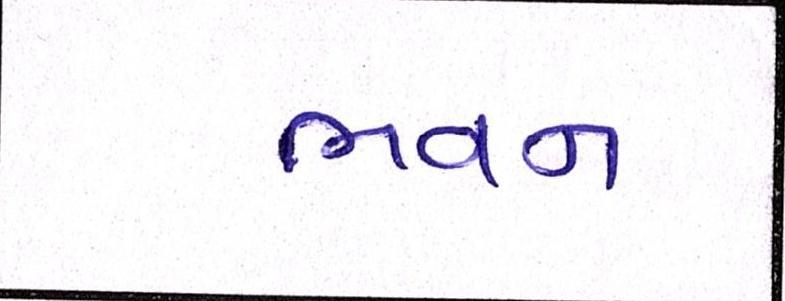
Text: ભવન